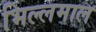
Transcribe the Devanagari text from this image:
भिल्लमाल